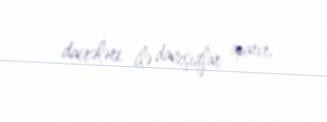
dairələri ilə danışıqlar aparır.